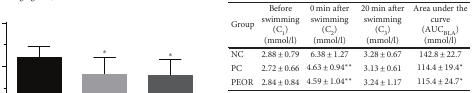
| <ROWSPAN=2> Group | Before swimming (C1) | 0 min after swimming (C2) | 20 min after swimming (C3) | Area under the curve (AUCBLA) |
 | (mmol/l) | (mmol/l) | (mmol/l) | (mmol/l) |
 | --- | --- | --- | --- | --- |
 | NC | 2.88 ± 0.79 | 6.38 ± 1.27 | 3.28 ± 0.67 | 142.8 ± 22.7 |
 | PC | 2.72 ± 0.66 | 4.63 ± 0.94∗∗ | 3.13 ± 0.61 | 114.4 ± 19.4∗ |
 | PEOR | 2.84 ± 0.84 | 4.59 ± 1.04∗∗ | 3.24 ± 1.17 | 115.4 ± 24.7∗ |